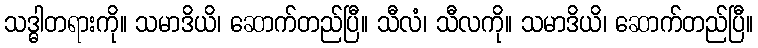
သဒ္ဓါတရားကို။ သမာဒိယိ၊ ဆောက်တည်ပြီ။ သီလံ၊ သီလကို။ သမာဒိယိ၊ ဆောက်တည်ပြီ။